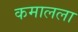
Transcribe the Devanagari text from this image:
कमालला